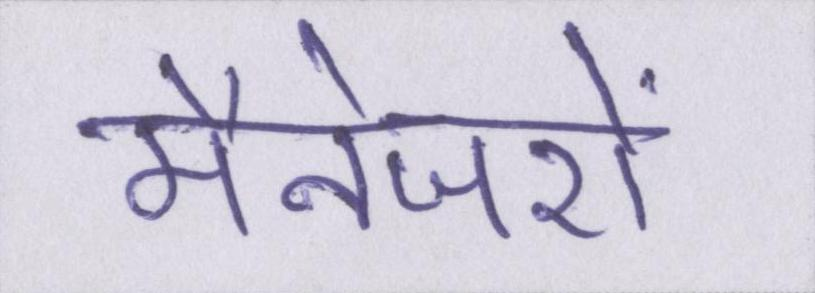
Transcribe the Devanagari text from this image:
मैनेजरों